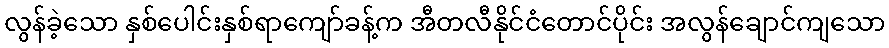
လွန်ခဲ့သော နှစ်ပေါင်းနှစ်ရာကျော်ခန့်က အီတလီနိုင်ငံတောင်ပိုင်း အလွန်ချောင်ကျသော